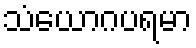
သံယောဂပရမာ